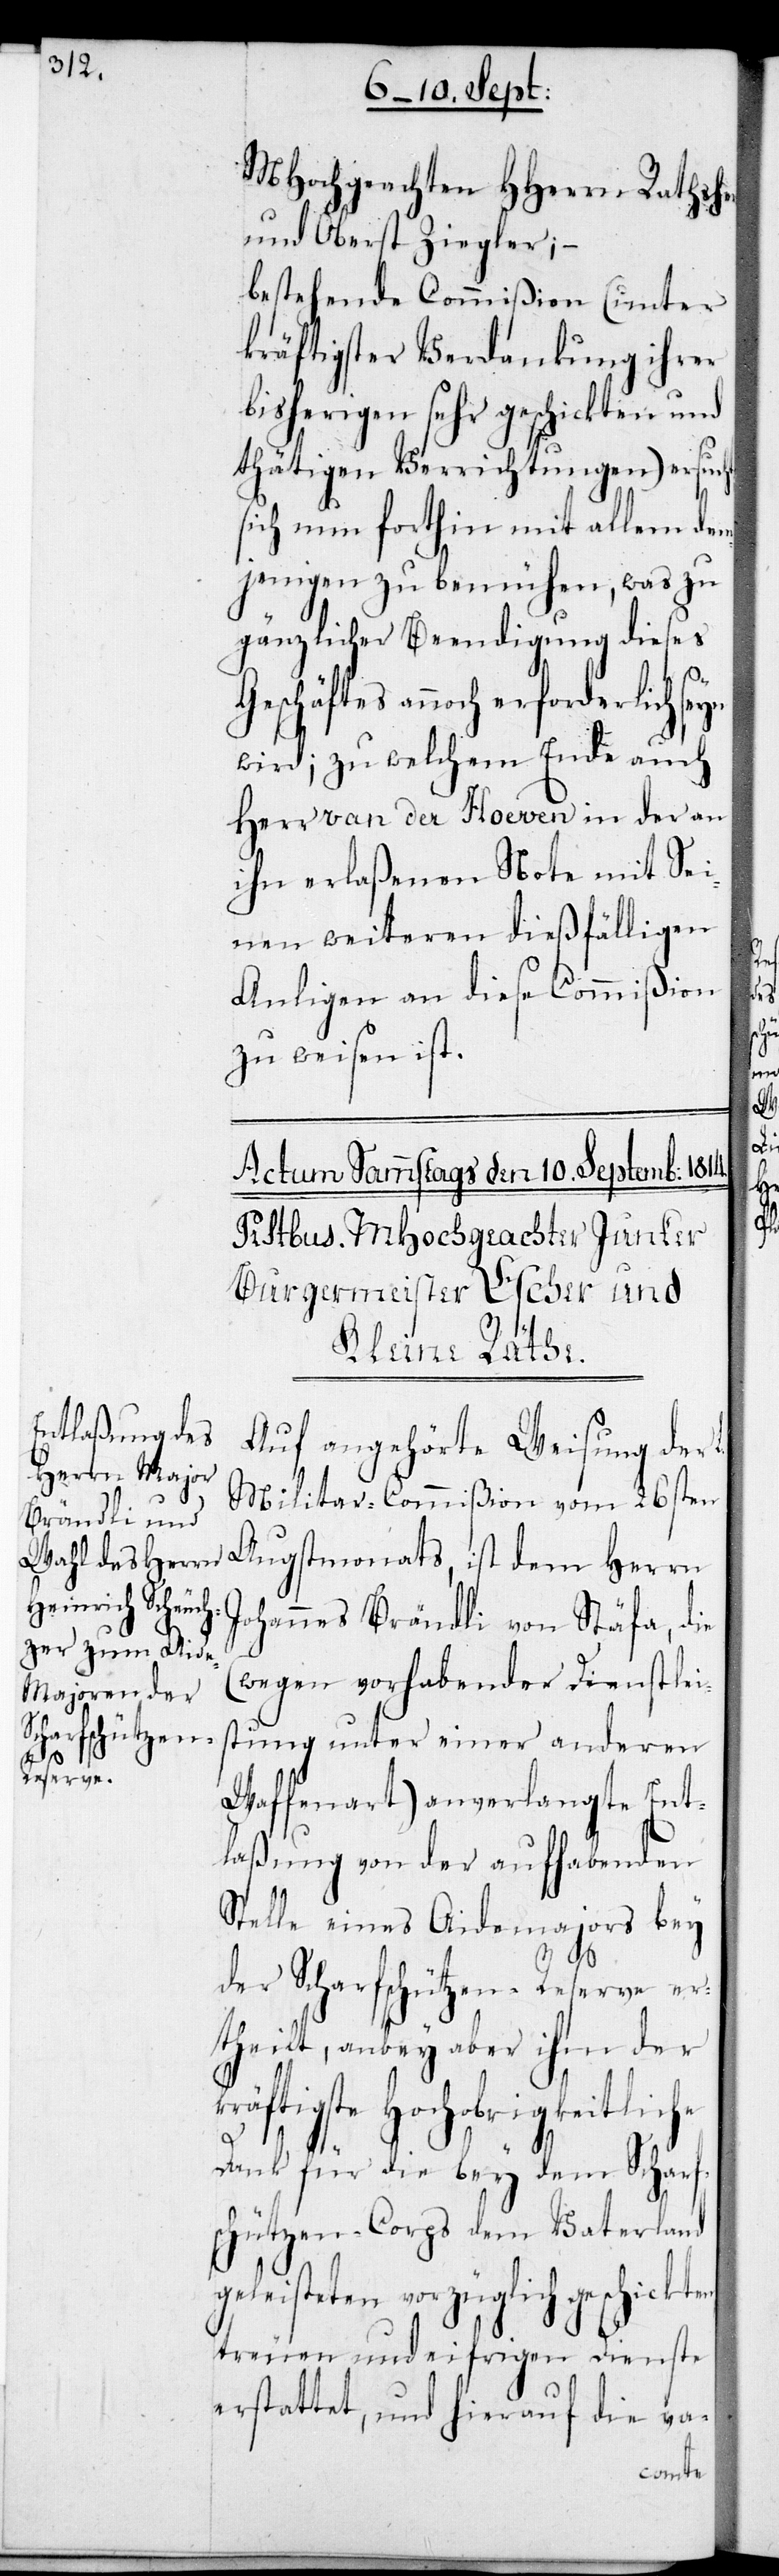
kten,

MHochgeachten HHerrn Raths¬
und Oberst Ziegler; –
bestehende Commißion (unter
kräftigster Verdankung ihrer
bisherigen sehr geschickten und
thätigen Verrichtungen) ersuch¬
sich nun forthin mit allem dem¬
jenigen zu bemühen, was zu
gänzlicher Beendigung dieses
wird; zu welchem Ende auch
Herr van der Hoeven in der an
ihn erlaßenen Note mit Sei¬
nen weiteren dießfälligen
Anligen an diese Commißion
zu weisen ist.
Auf angehörte Weisung der
Militar-Commißion vom 26sten
Augstmonats, ist dem Herrn
Johannes Brändli von Stäfa, die
(wegen vorhabender Dienstlei¬
stung unter einer anderen
Waffenart) anverlangte Ent¬
laßung von der aufhabenden
Stelle eines Aidemajors bey
der Scharfschützen-Reserve er¬
theilt, anbey aber ihm der
äftigste Hochobrigkeitlic¬
Dank für die bey dem Scharfs¬
chützen-Corps dem Vaterland
geleisteten vorzüglich geschic¬
treuen und eifrigen Dienste
erstattet, und hierauf die va-